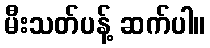
မီးသတ်ပန့် ဆက်ပါ။